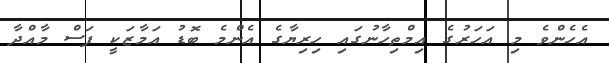
އެހެންވެ މި އަހަރުގެ އިމްތިހާނުގައި ހިރިޔާގެ އެންމެ ބޮޑު އަމާޒަކީ ފަސް މާއްދާ